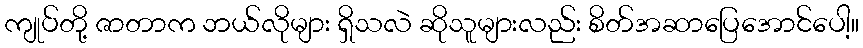
ကျုပ်တို့ ဇာတာက ဘယ်လိုများ ရှိသလဲ ဆိုသူများလည်း စိတ်အဆာပြေအောင်ပေါ့။